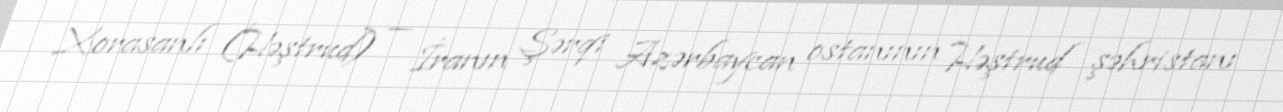
Xorasanlı (Həştrud) — İranın Şərqi Azərbaycan ostanının Həştrud şəhristanı